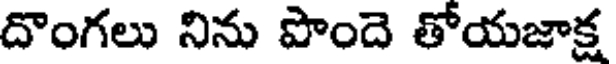
దొంగలు నిను పొందె తోయజాక్ష